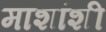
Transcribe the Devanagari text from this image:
माशांशी